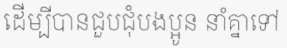
ដើម្បីបានជួបជុំបងប្អូន នាំគ្នាទៅ